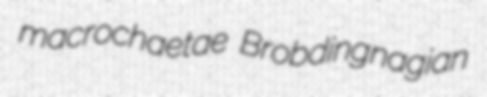
macrochaetae Brobdingnagian